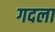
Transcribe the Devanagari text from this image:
गदला